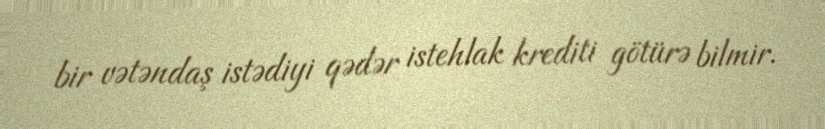
bir vətəndaş istədiyi qədər istehlak krediti götürə bilmir.